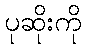
ပုဆိုးကို